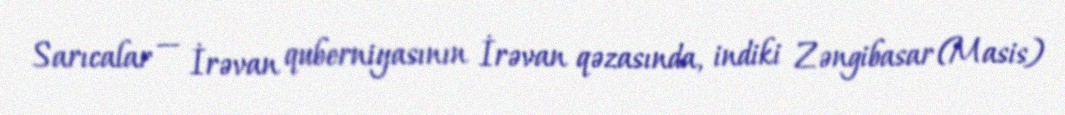
Sarıcalar — İrəvan quberniyasının İrəvan qəzasında, indiki Zəngibasar (Masis)